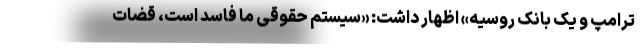
ترامپ و یک بانک روسیه» اظهار داشت: «سیستم حقوقی ما فاسد است، قضات